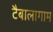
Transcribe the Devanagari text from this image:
टैबालागाम